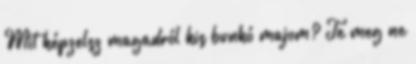
Mit képzelsz magadról kis bunkó majom? Te meg ne